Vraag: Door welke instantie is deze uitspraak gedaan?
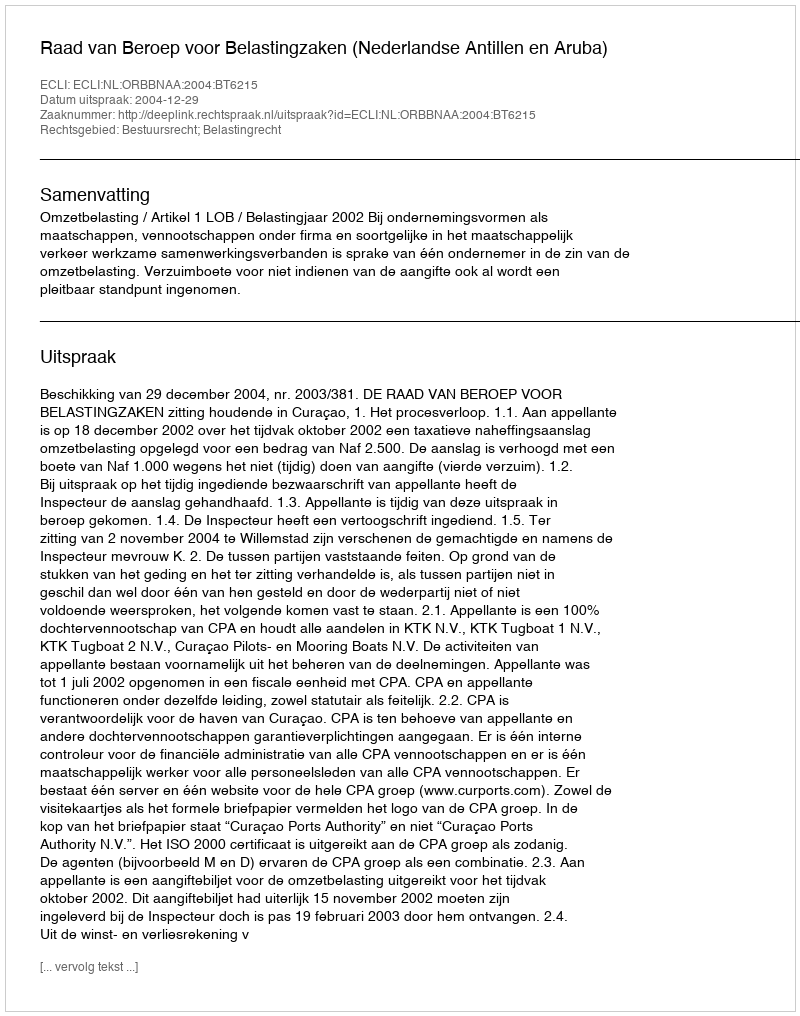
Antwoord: Raad van Beroep voor Belastingzaken (Nederlandse Antillen en Aruba)